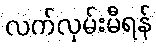
လက်လှမ်းမီရန်